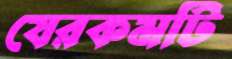
যেরকমটি